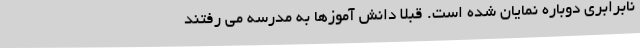
نابرابری دوباره نمایان شده است. قبلا دانش آموزها به مدرسه می رفتند